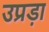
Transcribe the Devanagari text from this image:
उप्रड़ा